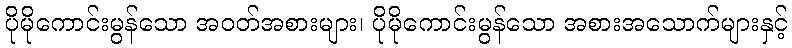
ပိုမိုကောင်းမွန်သော အဝတ်အစားများ၊ ပိုမိုကောင်းမွန်သော အစားအသောက်များနှင့်